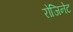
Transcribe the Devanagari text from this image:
रोजिनेट